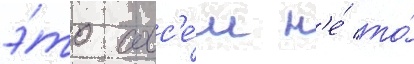
э́то совс'е́м н'е́ то́